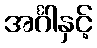
အင်္ဂါနှင့်